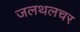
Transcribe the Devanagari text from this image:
जलथलचर